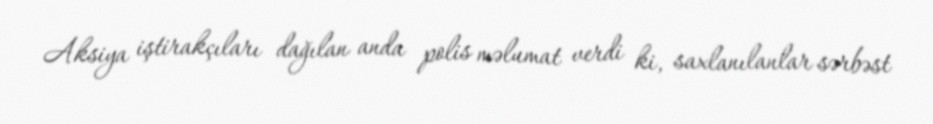
Aksiya iştirakçıları dağılan anda polis məlumat verdi ki, saxlanılanlar sərbəst